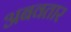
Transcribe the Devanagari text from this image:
अबवतार